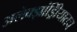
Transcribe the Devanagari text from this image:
अलेक्झांड्रिीयातच